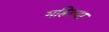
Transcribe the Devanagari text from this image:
महिल्या